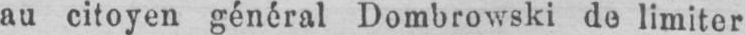
au citoyen général Dombrowski do limiter